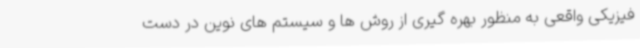
فیزیکی واقعی به منظور بهره گیری از روش ها و سیستم های نوین در دست